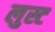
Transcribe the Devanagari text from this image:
लुस्ट